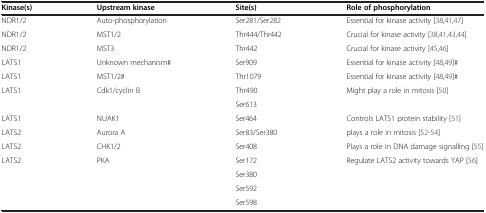
<table><thead><tr><td><b>Kinase(s)</b></td><td><b>Upstream kinase</b></td><td><b>Site(s)</b></td><td><b>Role of phosphorylation</b></td></tr></thead><tbody><tr><td>NDR1/2</td><td>Auto-phosphorylation</td><td>Ser281/Ser282</td><td>Essential for kinase activity[38,41,47]</td></tr><tr><td>NDR1/2</td><td>MST1/2</td><td>Thr444/Thr442</td><td>Crucial for kinase activity[38,41,43,44]</td></tr><tr><td>NDR1/2</td><td>MST3</td><td>Thr442</td><td>Crucial for kinase activity[45,46]</td></tr><tr><td>LATS1</td><td>Unknown mechanism#</td><td>Ser909</td><td>Essential for kinase activity[48,49]#</td></tr><tr><td>LATS1</td><td>MST1/2#</td><td>Thr1079</td><td>Essential for kinase activity[48,49]#</td></tr><tr><td>LATS1</td><td>Cdk1/cyclin B</td><td>Thr490</td><td>Might play a role in mitosis[50]</td></tr><tr><td> </td><td> </td><td>Ser613</td><td> </td></tr><tr><td>LATS1</td><td>NUAK1</td><td>Ser464</td><td>Controls LATS1 protein stability[51]</td></tr><tr><td>LATS2</td><td>Aurora A</td><td>Ser83/Ser380</td><td>plays a role in mitosis[52-54]</td></tr><tr><td>LATS2</td><td>CHK1/2</td><td>Ser408</td><td>Plays a role in DNA damage signalling[55]</td></tr><tr><td>LATS2</td><td>PKA</td><td>Ser172</td><td>Regulate LATS2 activity towards YAP[56]</td></tr><tr><td> </td><td> </td><td>Ser380</td><td> </td></tr><tr><td> </td><td> </td><td>Ser592</td><td> </td></tr><tr><td> </td><td> </td><td>Ser598</td><td> </td></tr></tbody></table>